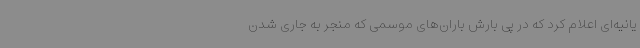
یانیه‌ای اعلام کرد که در پی بارش باران‌های موسمی که منجر به جاری شدن